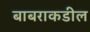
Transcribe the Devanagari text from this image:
बाबराकडील